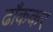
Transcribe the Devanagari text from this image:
ढाँककर